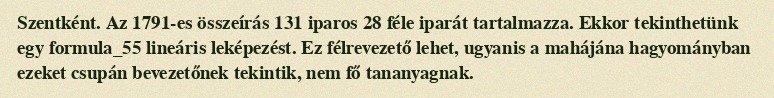
Szentként. Az 1791-es összeírás 131 iparos 28 féle iparát tartalmazza. Ekkor tekinthetünk egy formula_55 lineáris leképezést. Ez félrevezető lehet, ugyanis a mahájána hagyományban ezeket csupán bevezetőnek tekintik, nem fő tananyagnak.